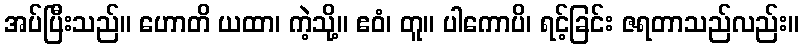
အပ်ပြီးသည်။ ဟောတိ ယထာ၊ ကဲ့သို့။ ဧဝံ၊ တူ။ ပါကောပိ၊ ရင့်ခြင်း ဇရတာသည်လည်း။